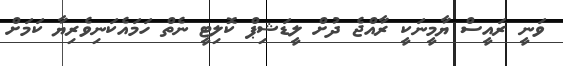
ވަނީ ރައީސް ޔާމީނަކީ ރާއްޖެ ދުށް ލީޑަޝިޕް ކޮލިޓީ ނެތް ހަމައެކަނިވެރިޔާ ކަމަށް